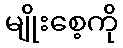
မျိုးစေ့ကို